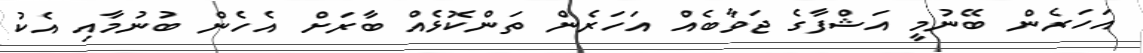
އަހަރެން ބޭނުމީ އަޝްފާގެ ޖަވާބެއް އަހަރެން ތަންކޮޅެއް ބާރަށް އެހެން ބުނުމާއި އެކު